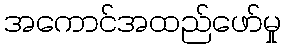
အကောင်အထည်ဖော်မှု